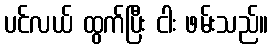
ပင်လယ် ထွက်ပြီး ငါး ဖမ်းသည်။